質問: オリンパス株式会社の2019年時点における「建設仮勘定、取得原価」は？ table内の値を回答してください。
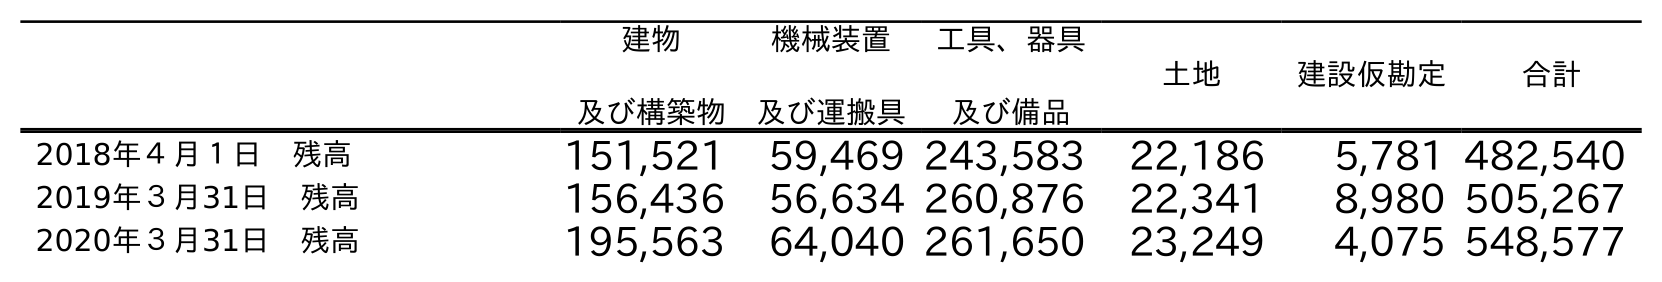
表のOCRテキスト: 建物 及び構築物 機械装置 及び運搬具 工具、器具 及び備品 土地 建設仮勘定 合計 2018年４月１日 残高 151,521 59,469 243,583 22,186 5,781 482,540 2019年３月31日 残高 156,436 56,634 260,876 22,341 8,980 505,267 2020年３月31日 残高 195,563 64,040 261,650 23,249 4,075 548,577
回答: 8,980